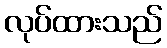
လုပ်ထားသည်